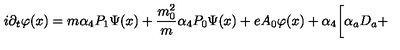
i \partial _ { t } \varphi ( x ) = m \alpha _ { 4 } P _ { 1 } \Psi ( x ) + \frac { m _ { 0 } ^ { 2 } } { m } \alpha _ { 4 } P _ { 0 } \Psi ( x ) + e A _ { 0 } \varphi ( x ) + \alpha _ { 4 } \biggl [ \alpha _ { a } D _ { a } +